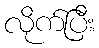
လိုက်ပြီး